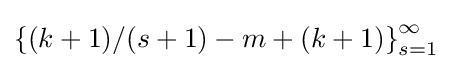
\left\{(k+1)/(s+1)-m+(k+1)\right\}_{s=1}^{\infty }